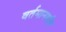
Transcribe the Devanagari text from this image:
वर्तमानमपि